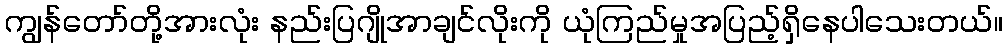
ကျွန်တော်တို့အားလုံး နည်းပြဂျိုအာချင်လိုးကို ယုံကြည်မှုအပြည့်ရှိနေပါသေးတယ်။